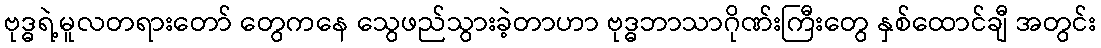
ဗုဒ္ဓရဲ့မူလတရားတော် တွေကနေ သွေဖည်သွားခဲ့တာဟာ ဗုဒ္ဓဘာသာဂိုဏ်းကြီးတွေ နှစ်ထောင်ချီ အတွင်း